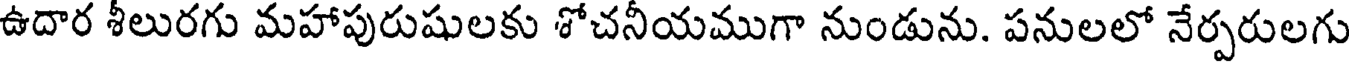
ఉదార శీలురగు మహాపురుషులకు శోచనీయముగా నుండును. పనులలో నేర్పరులగు